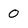
Character: 0